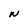
Character: N